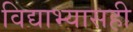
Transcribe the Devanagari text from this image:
विद्याभ्यासही